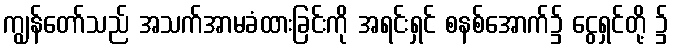
ကျွန်တော်သည် အသက်အာမခံထားခြင်းကို အရင်းရှင် စနစ်အောက်၌ ငွေရှင်တို့ ၌